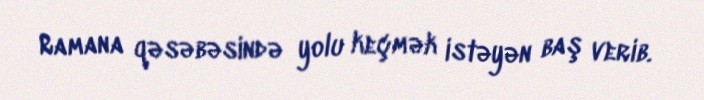
Ramana qəsəbəsində yolu keçmək istəyən baş verib.